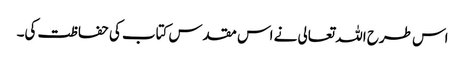
اس طرح اللہ تعالی نے اس مقدس کتاب کی حفاظت کی۔